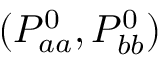
( P _ { a a } ^ { 0 } , P _ { b b } ^ { 0 } )